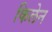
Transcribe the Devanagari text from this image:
किलेन